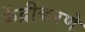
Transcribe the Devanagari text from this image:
केंद्रीकरणे